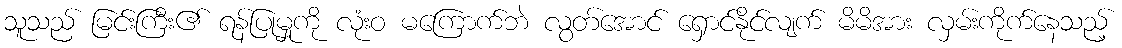
သူသည် မြင်းကြီး၏ ရန်ပြုမှုကို လုံးဝ မကြောက်ဘဲ လွတ်အောင် ရှောင်နိုင်လျက် မိမိအား လှမ်းကိုက်နေသည့်